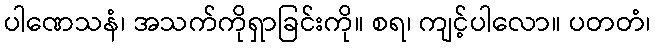
ပါဏေသနံ၊ အသက်ကိုရှာခြင်းကို။ စရ၊ ကျင့်ပါလော။ ပတတံ၊